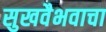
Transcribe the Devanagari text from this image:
सुखवैभवाचा